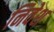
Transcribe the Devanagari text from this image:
निवेश